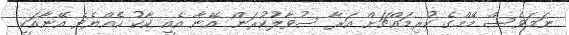
ނަމަވެސް މޭމްގެ ކުރިމައްޗަށް އަރާ ސުވާލުކުރަން އޭނާ އެއީ ކާކު ހެއްޔެވެ އޭނާއަކީ